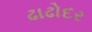
ઢાઢોદર